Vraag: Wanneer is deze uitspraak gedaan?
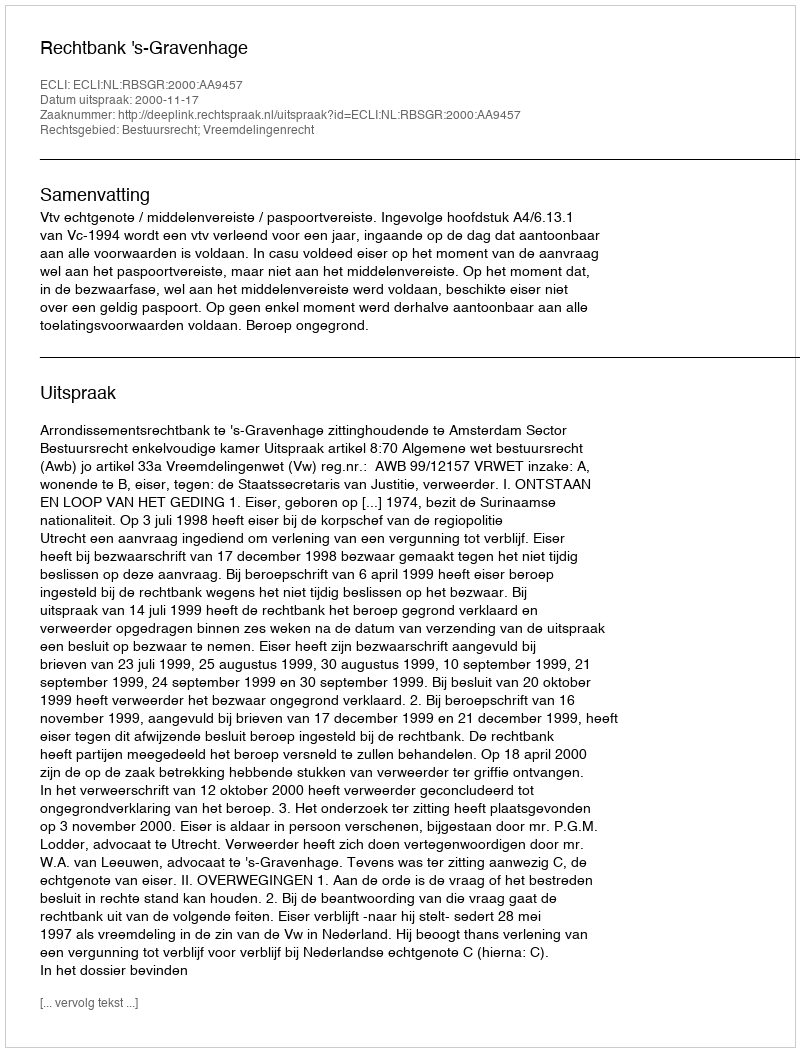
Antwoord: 2000-11-17